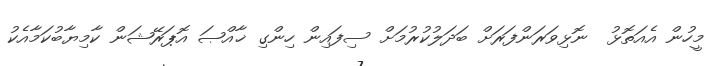
މީހުން އެއަތޮޅު  ނޮޅިވަރަންފަރަށް ބަދަލުކުރުމަށް ސިފައިން ހިންގި ޚާއްޞަ އޮޕަރޭޝަން ކާމިޔާބުކަމާއެކު